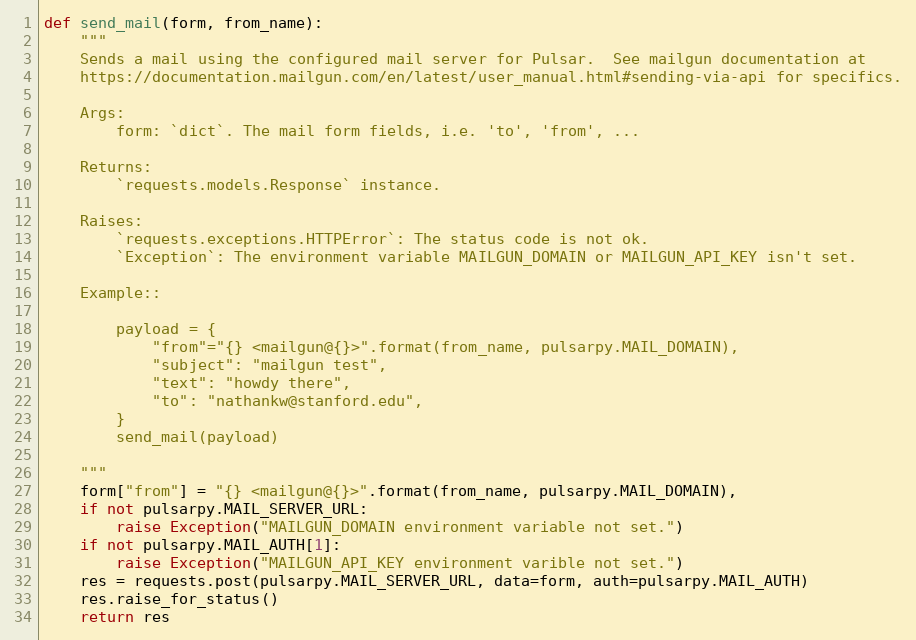
Language: Python
def send_mail(form, from_name):
    """
    Sends a mail using the configured mail server for Pulsar.  See mailgun documentation at
    https://documentation.mailgun.com/en/latest/user_manual.html#sending-via-api for specifics.

    Args:
        form: `dict`. The mail form fields, i.e. 'to', 'from', ...

    Returns:
        `requests.models.Response` instance.

    Raises:
        `requests.exceptions.HTTPError`: The status code is not ok.
        `Exception`: The environment variable MAILGUN_DOMAIN or MAILGUN_API_KEY isn't set.

    Example::

        payload = {
            "from"="{} <mailgun@{}>".format(from_name, pulsarpy.MAIL_DOMAIN),
            "subject": "mailgun test",
            "text": "howdy there",
            "to": "nathankw@stanford.edu",
        }
        send_mail(payload)

    """
    form["from"] = "{} <mailgun@{}>".format(from_name, pulsarpy.MAIL_DOMAIN),
    if not pulsarpy.MAIL_SERVER_URL:
        raise Exception("MAILGUN_DOMAIN environment variable not set.")
    if not pulsarpy.MAIL_AUTH[1]:
        raise Exception("MAILGUN_API_KEY environment varible not set.")
    res = requests.post(pulsarpy.MAIL_SERVER_URL, data=form, auth=pulsarpy.MAIL_AUTH)
    res.raise_for_status()
    return res